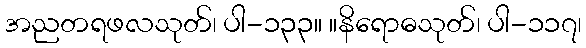
အညတရဖလသုတ်၊ ပါ-၁၃၃။ ။နိရောဓသုတ်၊ ပါ-၁၁၇၊